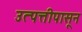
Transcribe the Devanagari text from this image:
उत्पत्तीपासून